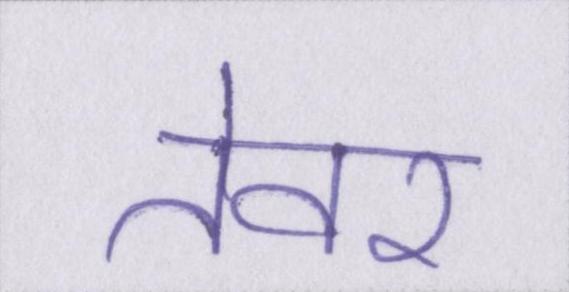
तेवर